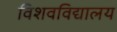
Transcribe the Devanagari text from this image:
विशवविद्यालय